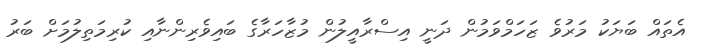
އެތައް ބަޔަކު މަރުވެ ޒަހަމްވަމުން ދަނީ އިސްރާއީލުން މުޒާހަރާގެ ބައިވެރިންނާއި ކުރިމަތިލުމަށް ބަރު